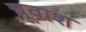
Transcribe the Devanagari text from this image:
चूवाश